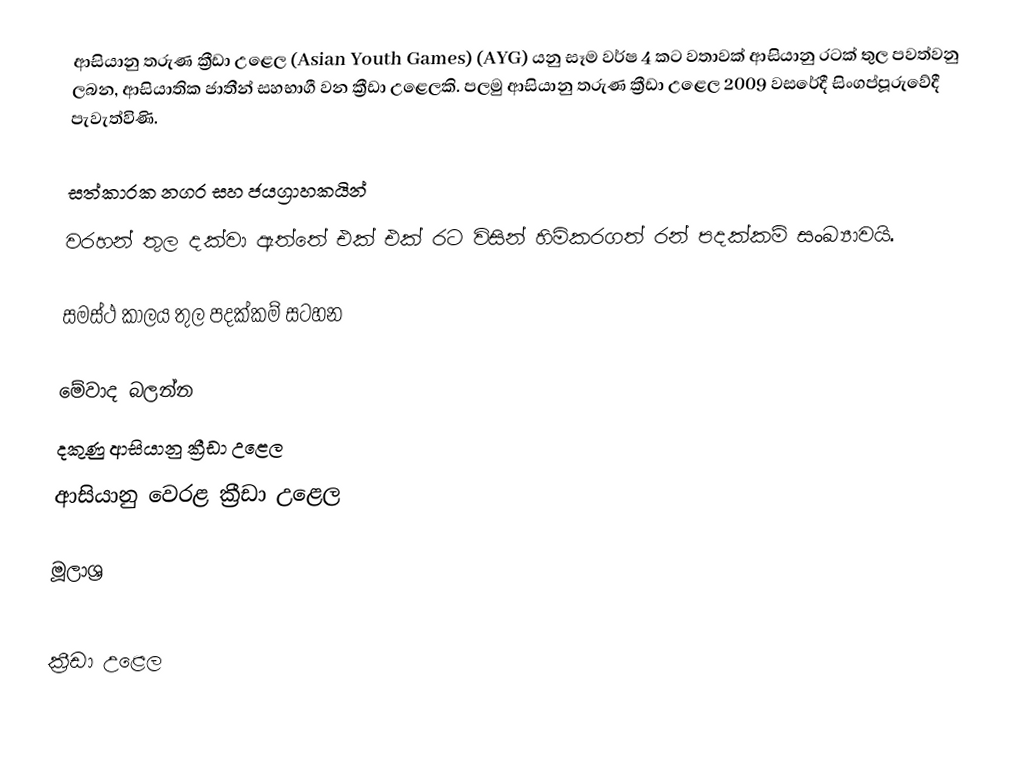
ආසියානු තරුණ ක්‍රීඩා උළෙල (Asian Youth Games) (AYG)  යනු සෑම වර්ෂ 4 කට වතාවක් ආසියානු රටක් තුල පවත්වනු ලබන, ආසියාතික ජාතීන් සහභාගී වන ක්‍රීඩා උළෙලකි. පලමු ආසියානු තරුණ ක්‍රීඩා උළෙල 2009 වසරේදී සිංගප්පූරුවේදී පැවැත්විණි.

සත්කාරක නගර සහ ජයග්‍රාහකයින්
වරහන් තුල දක්වා ඇත්තේ එක් එක් රට විසින් හිමිකරගත් රන් පදක්කම් සංඛ්‍යාවයි.

සමස්ථ කාලය තුල පදක්කම් සටහන

මේවාද බලන්න
 දකුණු ආසියානු ක්‍රීඩා උළෙල
 ආසියානු වෙරළ ක්‍රීඩා උළෙල

මූලාශ්‍ර

ක්‍රීඩා උළෙල